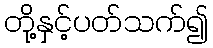
တို့နှင့်ပတ်သက်၍